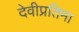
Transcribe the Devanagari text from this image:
देवीप्रतिमा